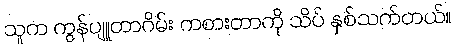
သူက ကွန်ပျူတာဂိမ်း ကစားတာကို သိပ် နှစ်သက်တယ်။